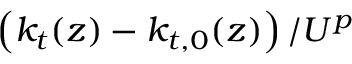
\left( k _ { t } ( z ) - k _ { t , 0 } ( z ) \right) / { U } ^ { p }